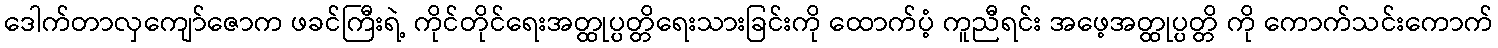
ဒေါက်တာလှကျော်ဇောက ဖခင်ကြီးရဲ့ ကိုင်တိုင်ရေးအတ္ထုပ္ပတ္တိရေးသားခြင်းကို ထောက်ပံ့ ကူညီရင်း အဖေ့အတ္ထုပ္ပတ္တိ ကို ကောက်သင်းကောက်